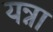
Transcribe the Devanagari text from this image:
यन्ना